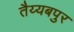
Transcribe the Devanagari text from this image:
तैय्यबपुर